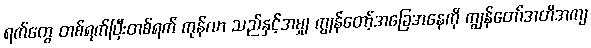
ရက်တွေ တစ်ရက်ပြီးတစ်ရက် ကုန်လာ သည်နှင့်အမျှ ကျွန်တော့်အခြေအနေကို ကျွန်တော်အတိအကျ